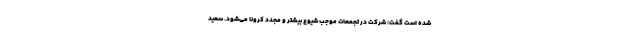
شده است گفت: شرکت در تجمعات موجب شیوع بیشتر و مجدد کرونا می‌شود. سعید